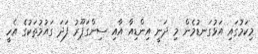
މިކަމުގައި އަޅުގަނޑުމެން މި ދަނީ އިންޑިއާ އާއި ސިންގަޕޫރު ފަދަ ގައުމުތަކުގެ އެހީ